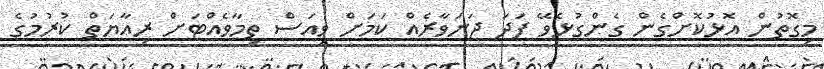
މިގޮތުން އޮޅުކޮށްގެން ގެންގުޅެވޭ ފަދަ ޖަނަވާރެއް ކަމަށް ވިއަސް ތިމާވެއްޓަށް ރިއާޔަތް ކުރުމުގެ